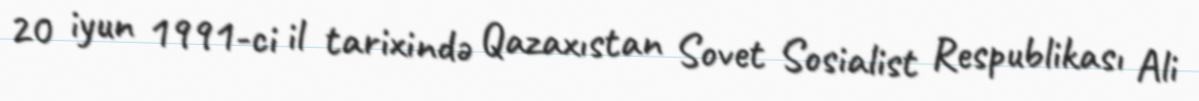
20 iyun 1991-ci il tarixində Qazaxıstan Sovet Sosialist Respublikası Ali